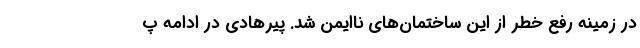
در زمینه رفع خطر از این ساختمان‌های ناایمن شد. پیرهادی در ادامه پ